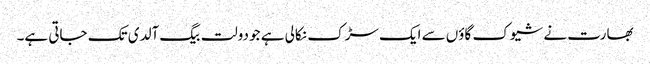
بھارت نے شیوک گاؤں سے ایک سڑک نکالی ہے جو دولت بیگ آلدی تک جاتی ہے۔